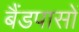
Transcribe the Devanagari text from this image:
बैंडपासों